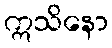
ဣသိနော